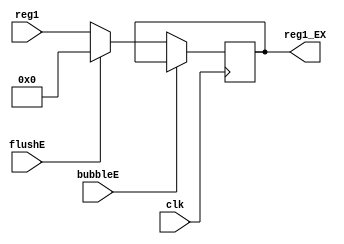
`timescale 1ns / 1ps
//////////////////////////////////////////////////////////////////////////////////
// Company: USTC ESLAB
// 
// Design Name: RV32I Core
// Module Name: Operator 1 Seg Reg
// Tool Versions: Vivado 2017.4.1
// Description: Operator 1 Seg Reg for ID\EX
// 
//////////////////////////////////////////////////////////////////////////////////


//  
    // ID\EX1
// 
    // clk               
    // reg1              General Register File1
    // bubbleE           EXbubble
    // flushE            EXflush
// 
    // reg1_EX           1
//   
    // 

module Op1_EX(
    input wire clk, bubbleE, flushE,
    input wire [31:0] reg1,
    output reg [31:0] reg1_EX
    );

    initial reg1_EX = 0;
    
    always@(posedge clk)
        if (!bubbleE) 
        begin
            if (flushE)
                reg1_EX <= 0;
            else 
                reg1_EX <= reg1;
        end
    
endmodule